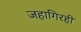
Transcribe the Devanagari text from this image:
जहागिरही